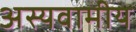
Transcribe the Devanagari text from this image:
अस्यवामीय